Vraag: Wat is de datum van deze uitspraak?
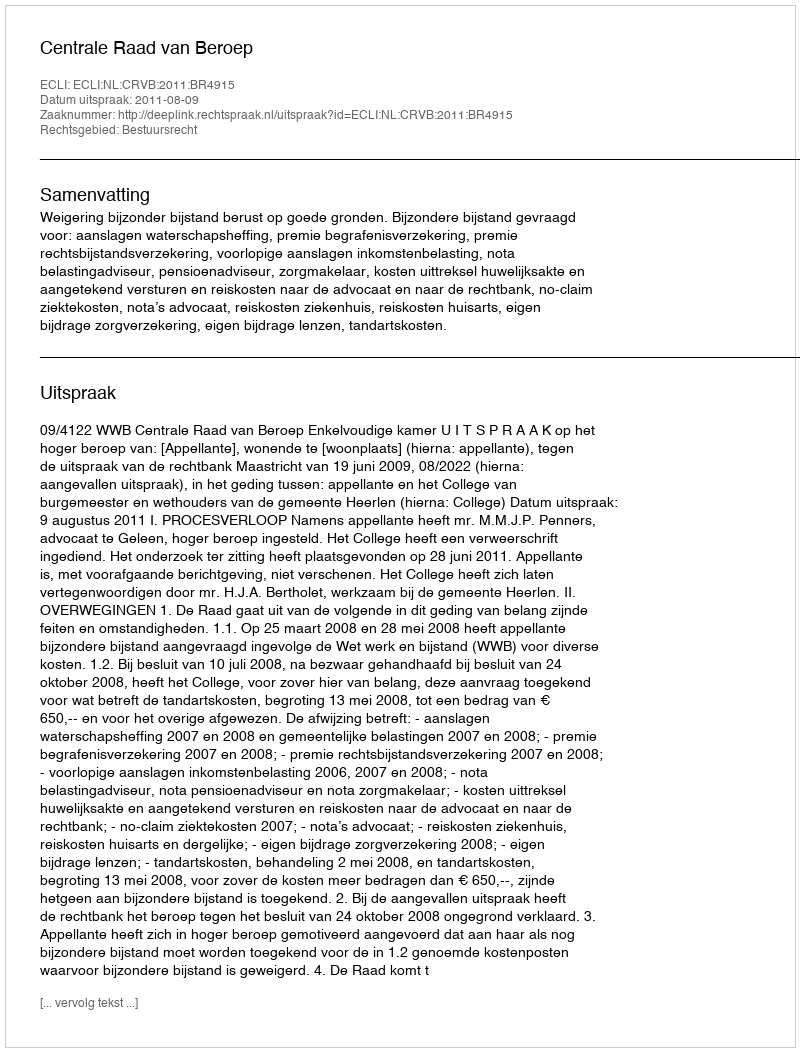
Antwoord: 2011-08-09